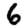
Digit: 6